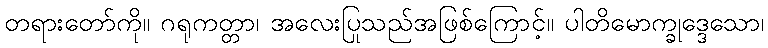
တရားတော်ကို။ ဂရုကတ္တာ၊ အလေးပြုသည်အဖြစ်ကြောင့်။ ပါတိမောက္ခုဒ္ဒေသော၊